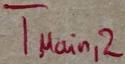
Text: TMain,2